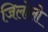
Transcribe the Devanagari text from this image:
जिलोलो